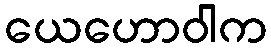
ယေဟောဝါက